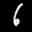
Label: 6